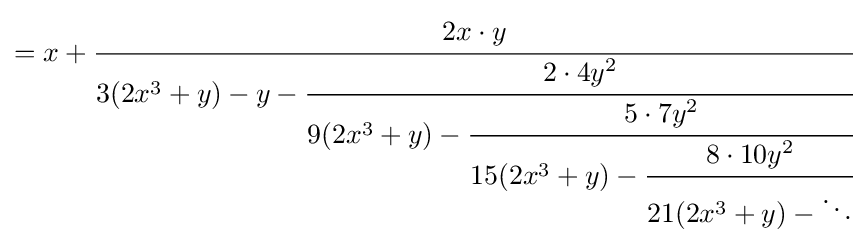
=x+{\cfrac {2x\cdot y}{3(2x^{3}+y)-y-{\cfrac {2\cdot 4y^{2}}{9(2x^{3}+y)-{\cfrac {5\cdot 7y^{2}}{15(2x^{3}+y)-{\cfrac {8\cdot 10y^{2}}{21(2x^{3}+y)-\ddots }}}}}}}}